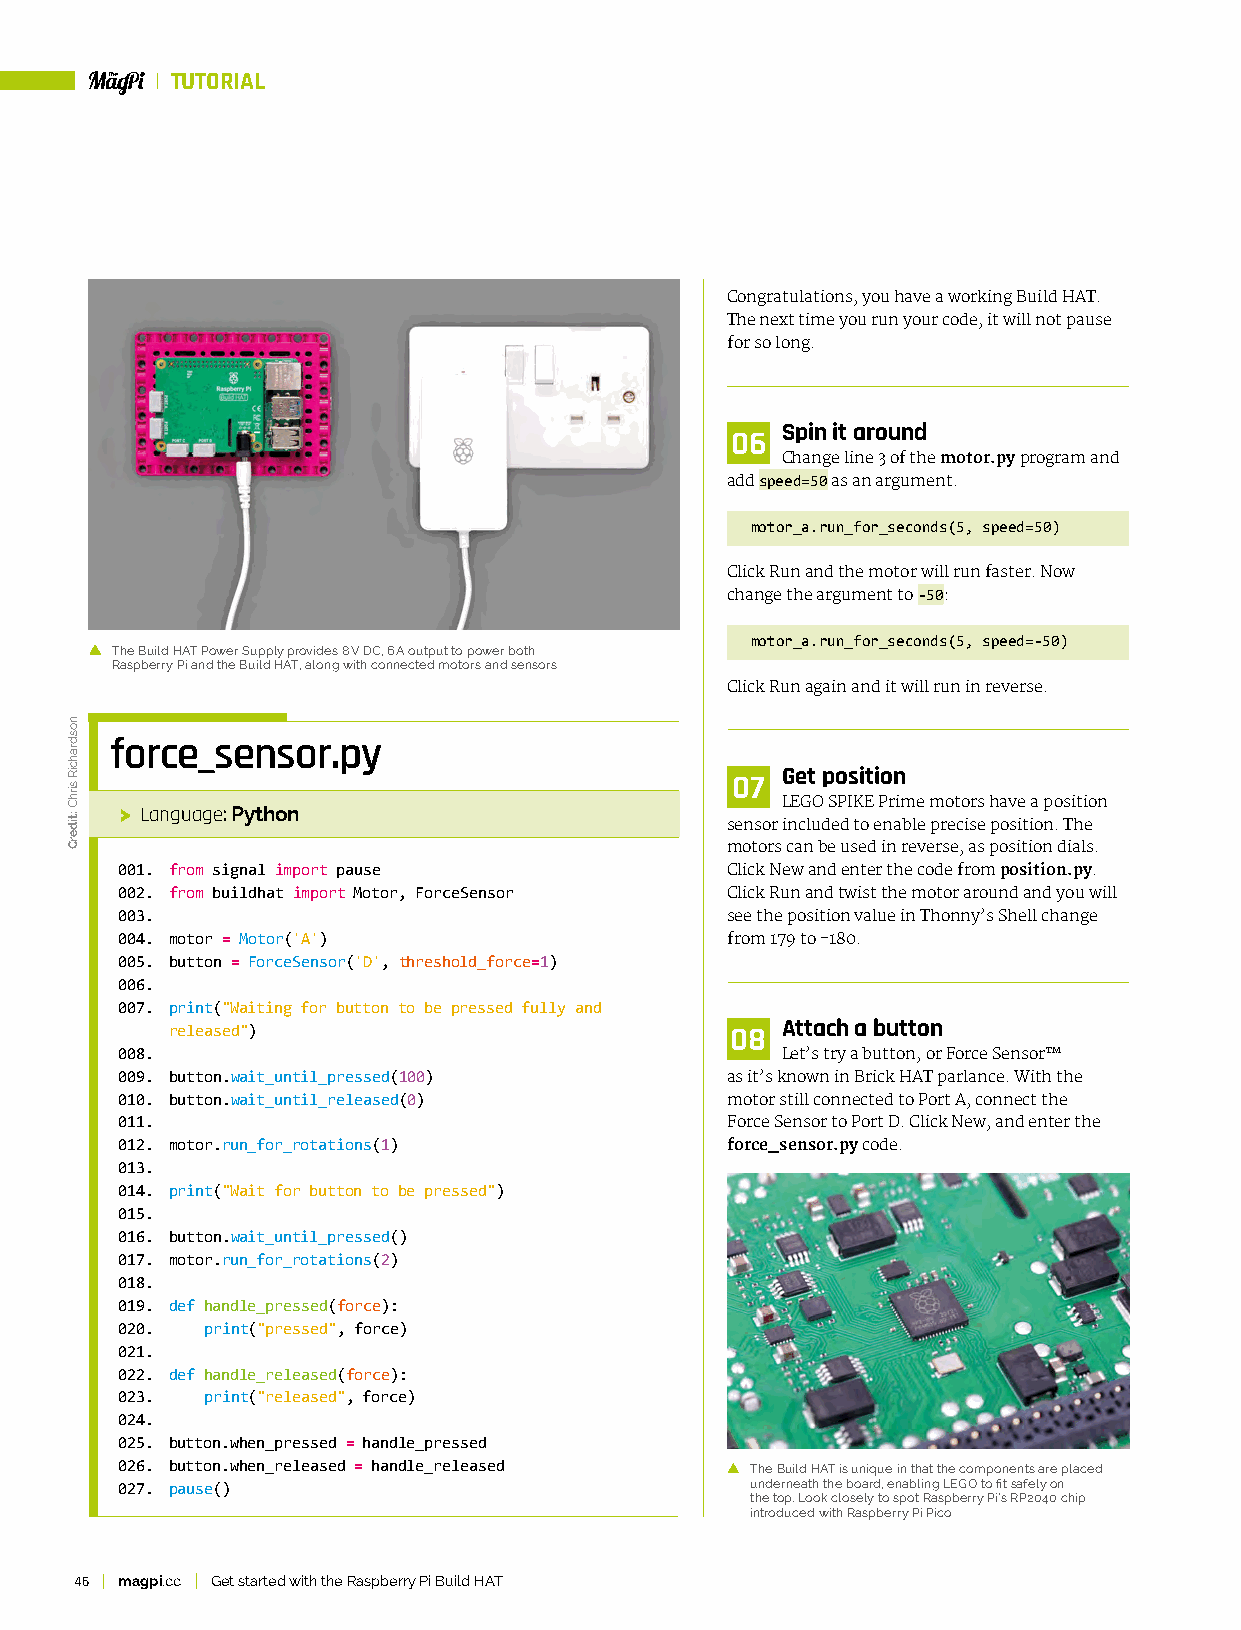
TUTORIAL
 Congratulations, you have a working Build HAT.
 The next time you run your code, it will not pause
 for so long.
 Spin it around
 06
 Change line 3 of the motor.py program and
 add speed=50 as an argument.
 motor_a.run_for_seconds(5, speed=50)
 Click Run and the motor will run faster. Now
 change the argument to -50:
 motor_a.run_for_seconds(5, speed=-50)
 The Build HAT Power Supply provides 8 V DC, 6 A output to power both
 Raspberry Pi and the Build HAT, along with connected motors and sensors
 Click Run again and it will run in reverse.
 force_sensor.py
 Get position
 07
 LEGO SPIKE Prime motors have a position
 > Language: Python
 sensor included to enable precise position. The
 motors can be used in reverse, as position dials.
 001. from signal import pause           Click New and enter the code from position.py.
 002. from buildhat import Motor, ForceSensor Click Run and twist the motor around and you will
 003.                                    see the position value in Thonny’s Shell change
 004. motor = Motor('A')                 from 179 to -180.
 005. button = ForceSensor('D', threshold_force=1)
 006.
 007. print("Waiting for button to be pressed fully and
 released")                           08  Attach a button
 008.                                        Let’s try a button, or Force Sensor™
 009. button.wait_until_pressed(100)     as it’s known in Brick HAT parlance. With the
 010. button.wait_until_released(0)      motor still connected to Port A, connect the
 011.                                    Force Sensor to Port D. Click New, and enter the
 012. motor.run_for_rotations(1)         force_sensor.py code.
 013.
 014. print("Wait for button to be pressed")
 015.
 016. button.wait_until_pressed()
 017. motor.run_for_rotations(2)
 018.
 019. def handle_pressed(force):
 020.  print("pressed", force)
 021.
 022. def handle_released(force):
 023.  print("released", force)
 024.
 025. button.when_pressed = handle_pressed
 026. button.when_released = handle_released The Build HAT is unique in that the components are placed
 027. pause()                              underneath the board, enabling LEGO to fit safely on
 the top. Look closely to spot Raspberry Pi’s RP2040 chip
 introduced with Raspberry Pi Pico
 46 magpi.cc Get started with the Raspberry Pi Build HAT
 nosdrahciR
 sirhC
 :tiderC